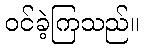
ဝင်ခဲ့ကြသည်။